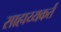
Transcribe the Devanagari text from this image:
साहाय्यकर्तं